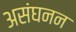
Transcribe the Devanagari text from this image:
असंघनन